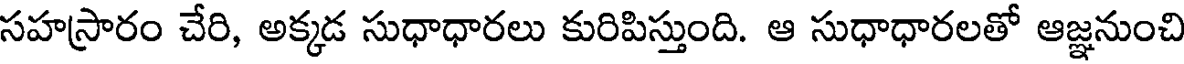
సహస్రారం చేరి, అక్కడ సుధాధారలు కురిపిస్తుంది. ఆ సుధాధారలతో ఆజ్ఞనుంచి